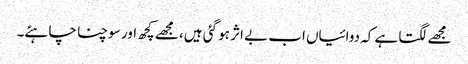
مجھے لگتا ہے کہ دوائیاں اب بے اثر ہو گئی ہیں، مجھے کچھ اور سوچنا چاہئے۔